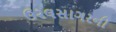
ઉરલસાગરની